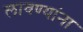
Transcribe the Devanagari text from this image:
लावण्यांना